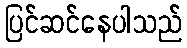
ပြင်ဆင်နေပါသည်